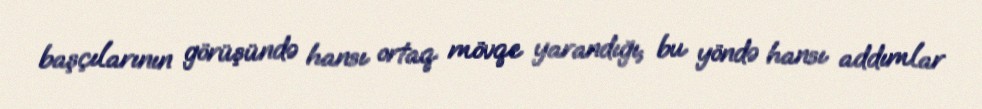
başçılarının görüşündə hansı ortaq mövqe yarandığı, bu yöndə hansı addımlar